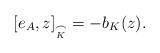
LaTeX: \begin{align*} [e_A, z]_{\underset{K}{\frown}}=-b_K(z).\end{align*}